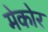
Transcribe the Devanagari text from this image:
मेकोर